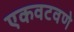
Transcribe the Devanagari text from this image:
एकवटवणे